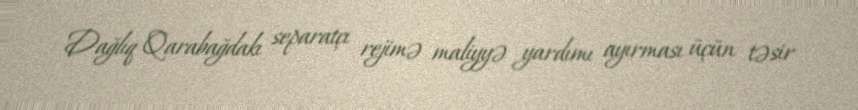
Dağlıq Qarabağdakı separatçı rejimə maliyyə yardımı ayırması üçün təsir